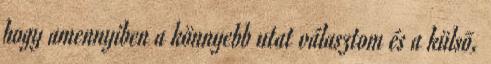
hogy amennyiben a könnyebb utat választom és a külsõ,